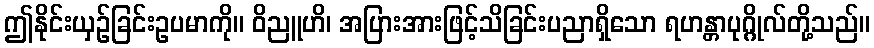
ဤနိုင်းယှဉ်ခြင်းဥပမာကို။ ဝိညူဟိ၊ အပြားအားဖြင့်သိခြင်းပညာရှိသော ရဟန္တာပုဂ္ဂိုလ်တို့သည်။